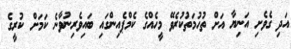
އަދި ގެވެށި އަނިޔާ އަށް ތުހުމަތުކުރެވޭ މީހެއްގެ ކެމްޕެއިންގައި ބައިވެރިނުވާނެ ކަމަށް ކުރީގެ